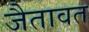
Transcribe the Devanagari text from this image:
जैतावत